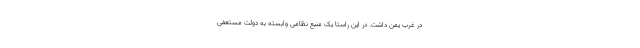
در غرب یمن داشت. در این راستا یک منبع نظامی وابسته به دولت مستعفی